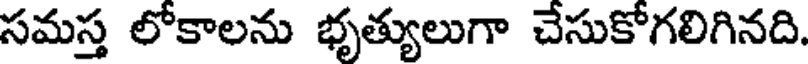
సమస్త లోకాలను భృత్యులుగా చేసుకోగలిగినది.